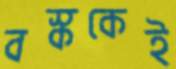
বস্ককেই